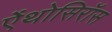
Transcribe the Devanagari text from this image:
ऐंथोसिरॉस